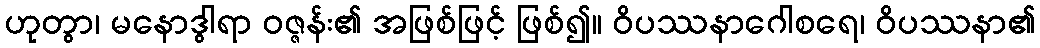
ဟုတွာ၊ မနောဒွါရာ ဝဇ္ဇန်း၏ အဖြစ်ဖြင့် ဖြစ်၍။ ဝိပဿနာဂေါစရေ၊ ဝိပဿနာ၏